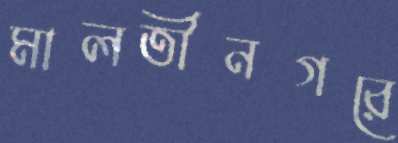
মালতীনগরে